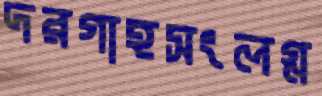
দরগাহসংলগ্ন